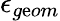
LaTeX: \epsilon_{g\mathrm{e}om}